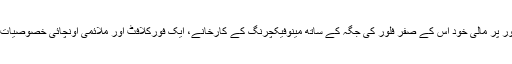
گائیڈ ریل لفٹ جدول خاص طور پر مالى خود اس کے صفر فلور کی جگہ کے ساتھ مینوفیکچرنگ کے کارخانے، ایک فورکلافٹ اور ملائمی اونچائی خصوصیات کے بغیر مواد اککیسابالاٹی ۔